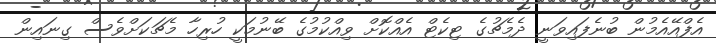
އެފްއޭއެމުން ބުނެފައިވަނީ ދެމެޗުގެ ޓިކެޓް އެއްކޮށް ވިއްކުމުގެ ބޭނުމަކީ ހުރިހާ މެޗަކަށްވެސް ގިނައިން